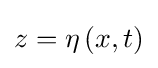
z=\eta \left(x,t\right)